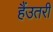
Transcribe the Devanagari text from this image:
हैंउतरी